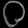
Digit: ၀